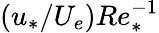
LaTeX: (u_{*}/U_{e})Re_{*}^{-1}